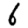
Digit: 6